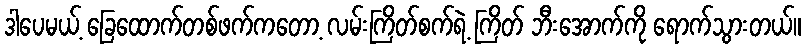
ဒါပေမယ့် ခြေထောက်တစ်ဖက်ကတော့ လမ်းကြိတ်စက်ရဲ့ ကြိတ် ဘီးအောက်ကို ရောက်သွားတယ်။